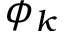
\phi _ { k }